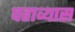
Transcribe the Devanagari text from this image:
पहाव्यास